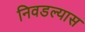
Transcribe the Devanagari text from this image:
निवडल्यास